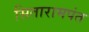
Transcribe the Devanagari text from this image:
सितारामपंत